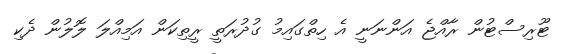
ޓޫރިސްޓުން ރާއްޖެ އަންނަނީ އެ ހިތްގައިމު ގުދުރަތީ ރީތިކަން އަމިއްލަ ލޮލުން ދެކި